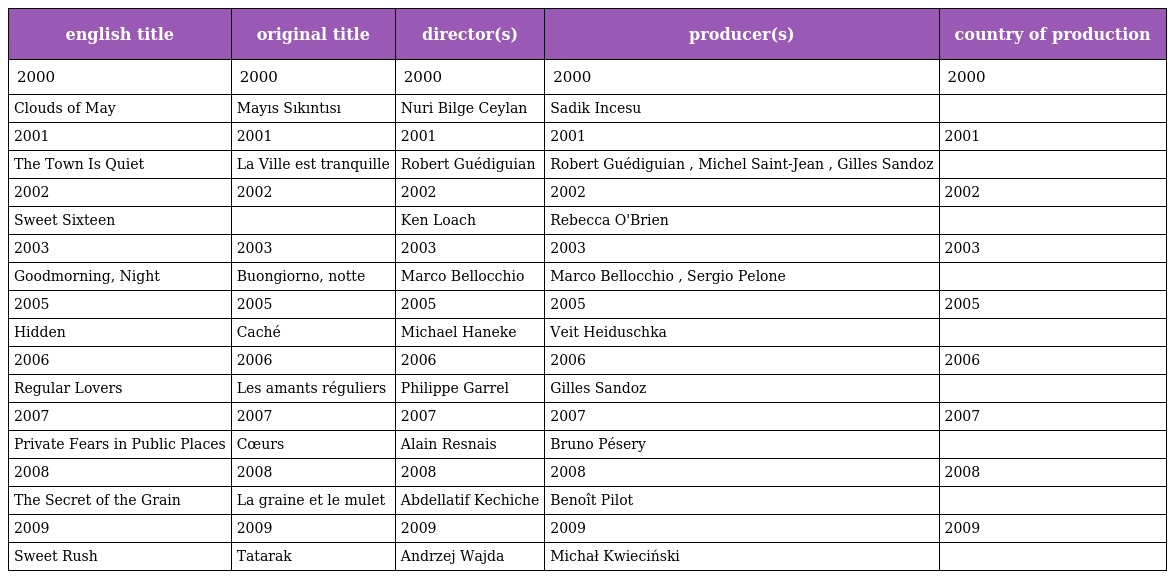
| english title | original title | director(s) | producer(s) | country of production |
 | --- | --- | --- | --- | --- |
 | 2000 | 2000 | 2000 | 2000 | 2000 |
 | Clouds of May | Mayıs Sıkıntısı | Nuri Bilge Ceylan | Sadik Incesu |  |
 | 2001 | 2001 | 2001 | 2001 | 2001 |
 | The Town Is Quiet | La Ville est tranquille | Robert Guédiguian | Robert Guédiguian , Michel Saint-Jean , Gilles Sandoz |  |
 | 2002 | 2002 | 2002 | 2002 | 2002 |
 | Sweet Sixteen |  | Ken Loach | Rebecca O'Brien |  |
 | 2003 | 2003 | 2003 | 2003 | 2003 |
 | Goodmorning, Night | Buongiorno, notte | Marco Bellocchio | Marco Bellocchio , Sergio Pelone |  |
 | 2005 | 2005 | 2005 | 2005 | 2005 |
 | Hidden | Caché | Michael Haneke | Veit Heiduschka |  |
 | 2006 | 2006 | 2006 | 2006 | 2006 |
 | Regular Lovers | Les amants réguliers | Philippe Garrel | Gilles Sandoz |  |
 | 2007 | 2007 | 2007 | 2007 | 2007 |
 | Private Fears in Public Places | Cœurs | Alain Resnais | Bruno Pésery |  |
 | 2008 | 2008 | 2008 | 2008 | 2008 |
 | The Secret of the Grain | La graine et le mulet | Abdellatif Kechiche | Benoît Pilot |  |
 | 2009 | 2009 | 2009 | 2009 | 2009 |
 | Sweet Rush | Tatarak | Andrzej Wajda | Michał Kwieciński |  |